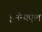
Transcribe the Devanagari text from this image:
इमॅन्यएल